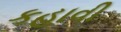
કહાવી